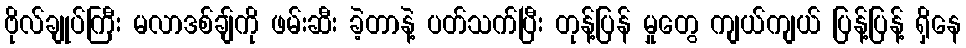
ဗိုလ်ချုပ်ကြီး မလာဒစ်ချ်ကို ဖမ်းဆီး ခဲ့တာနဲ့ ပတ်သက်ပြီး တုန့်ပြန် မှုတွေ ကျယ်ကျယ် ပြန့်ပြန့် ရှိနေ